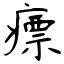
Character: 瘭